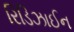
રિડિઝાઈન